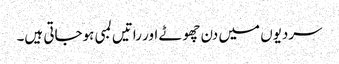
سردیوں میں دن چھوٹے اور راتیں لمبی ہوجاتی ہیں۔